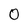
Character: 0